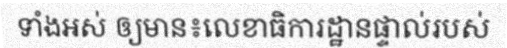
ទាំងអស់ ឲ្យមាន៖លេខាធិការដ្ឋានផ្ទាល់របស់